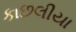
કાછલીયા